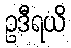
ဥဒီရယိ